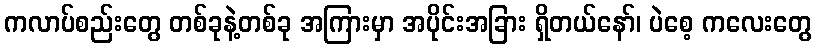
ကလာပ်စည်းတွေ တစ်ခုနဲ့တစ်ခု အကြားမှာ အပိုင်းအခြား ရှိတယ်နော်၊ ပဲစေ့ ကလေးတွေ